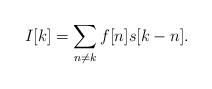
LaTeX: \begin{align*}I[k]=\sum_{n\neq k}f[n]s[k-n].\end{align*}